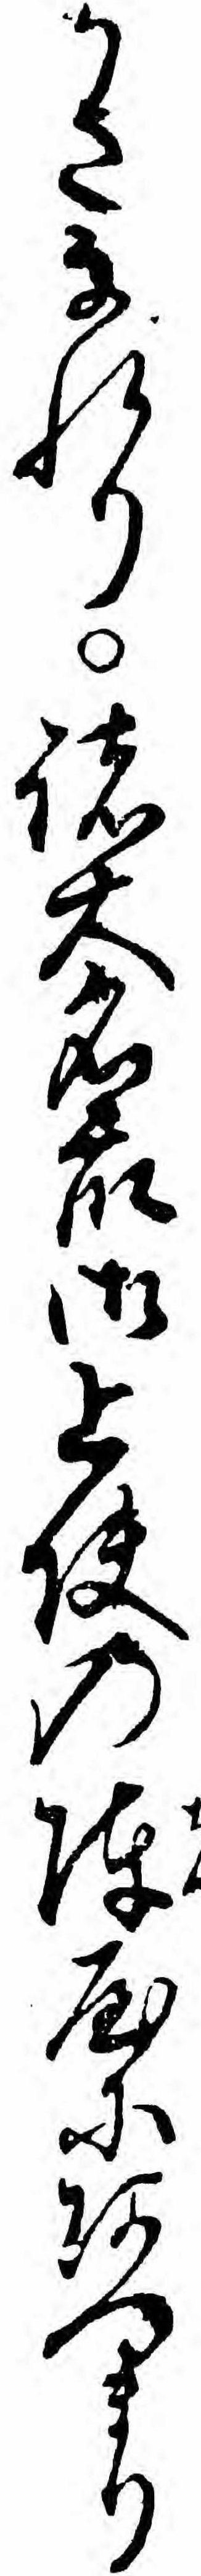
かさなれり諸大名衆御上使の陣屋にあつまり